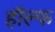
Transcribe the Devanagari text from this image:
हॉल्फ